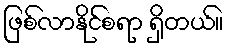
ဖြစ်လာနိုင်စရာ ရှိတယ်။